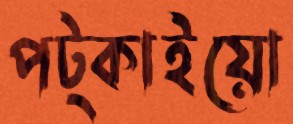
পট্‌কাইয়ো